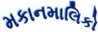
મકાનમાલિકો